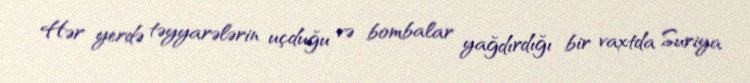
Hər yerdə təyyarələrin uçduğu və bombalar yağdırdığı bir vaxtda Suriya